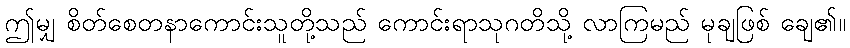
ဤမျှ စိတ်စေတနာကောင်းသူတို့သည် ကောင်းရာသုဂတိသို့ လာကြမည် မုချဖြစ် ချေ၏။